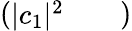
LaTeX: \left(\begin{array}{lll}{\lvert c_{1}\rvert^{2}}&{}&{}\end{array}\right)